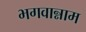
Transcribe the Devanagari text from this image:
भगवान्नाम